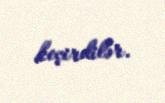
keçirdilər.